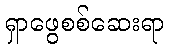
ရှာဖွေစစ်ဆေးရာ